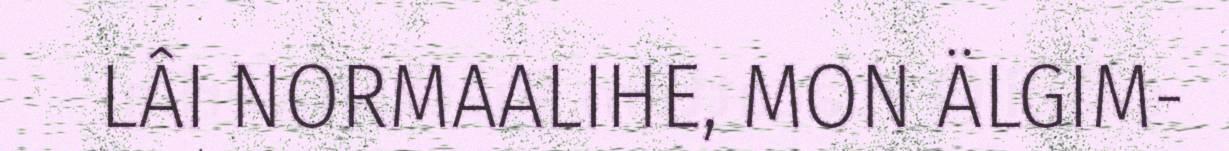
LÂI NORMAALIHE, MON ÄLGIM-